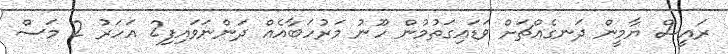
ރައީސް ޔާމީން ދަނގެއްޗަށް ވަޑައިގަތުމުން ހޫނު މަރުހަބާއެއް ދަންނަވައިފި2 އަހަރު 2 މަސް